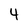
Character: 4